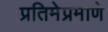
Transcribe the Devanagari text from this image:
प्रतिमेप्रमाणे